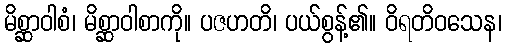
မိစ္ဆာဝါစံ၊ မိစ္ဆာဝါစာကို။ ပဇဟတိ၊ ပယ်စွန့်၏။ ဝိရတိဝသေန၊